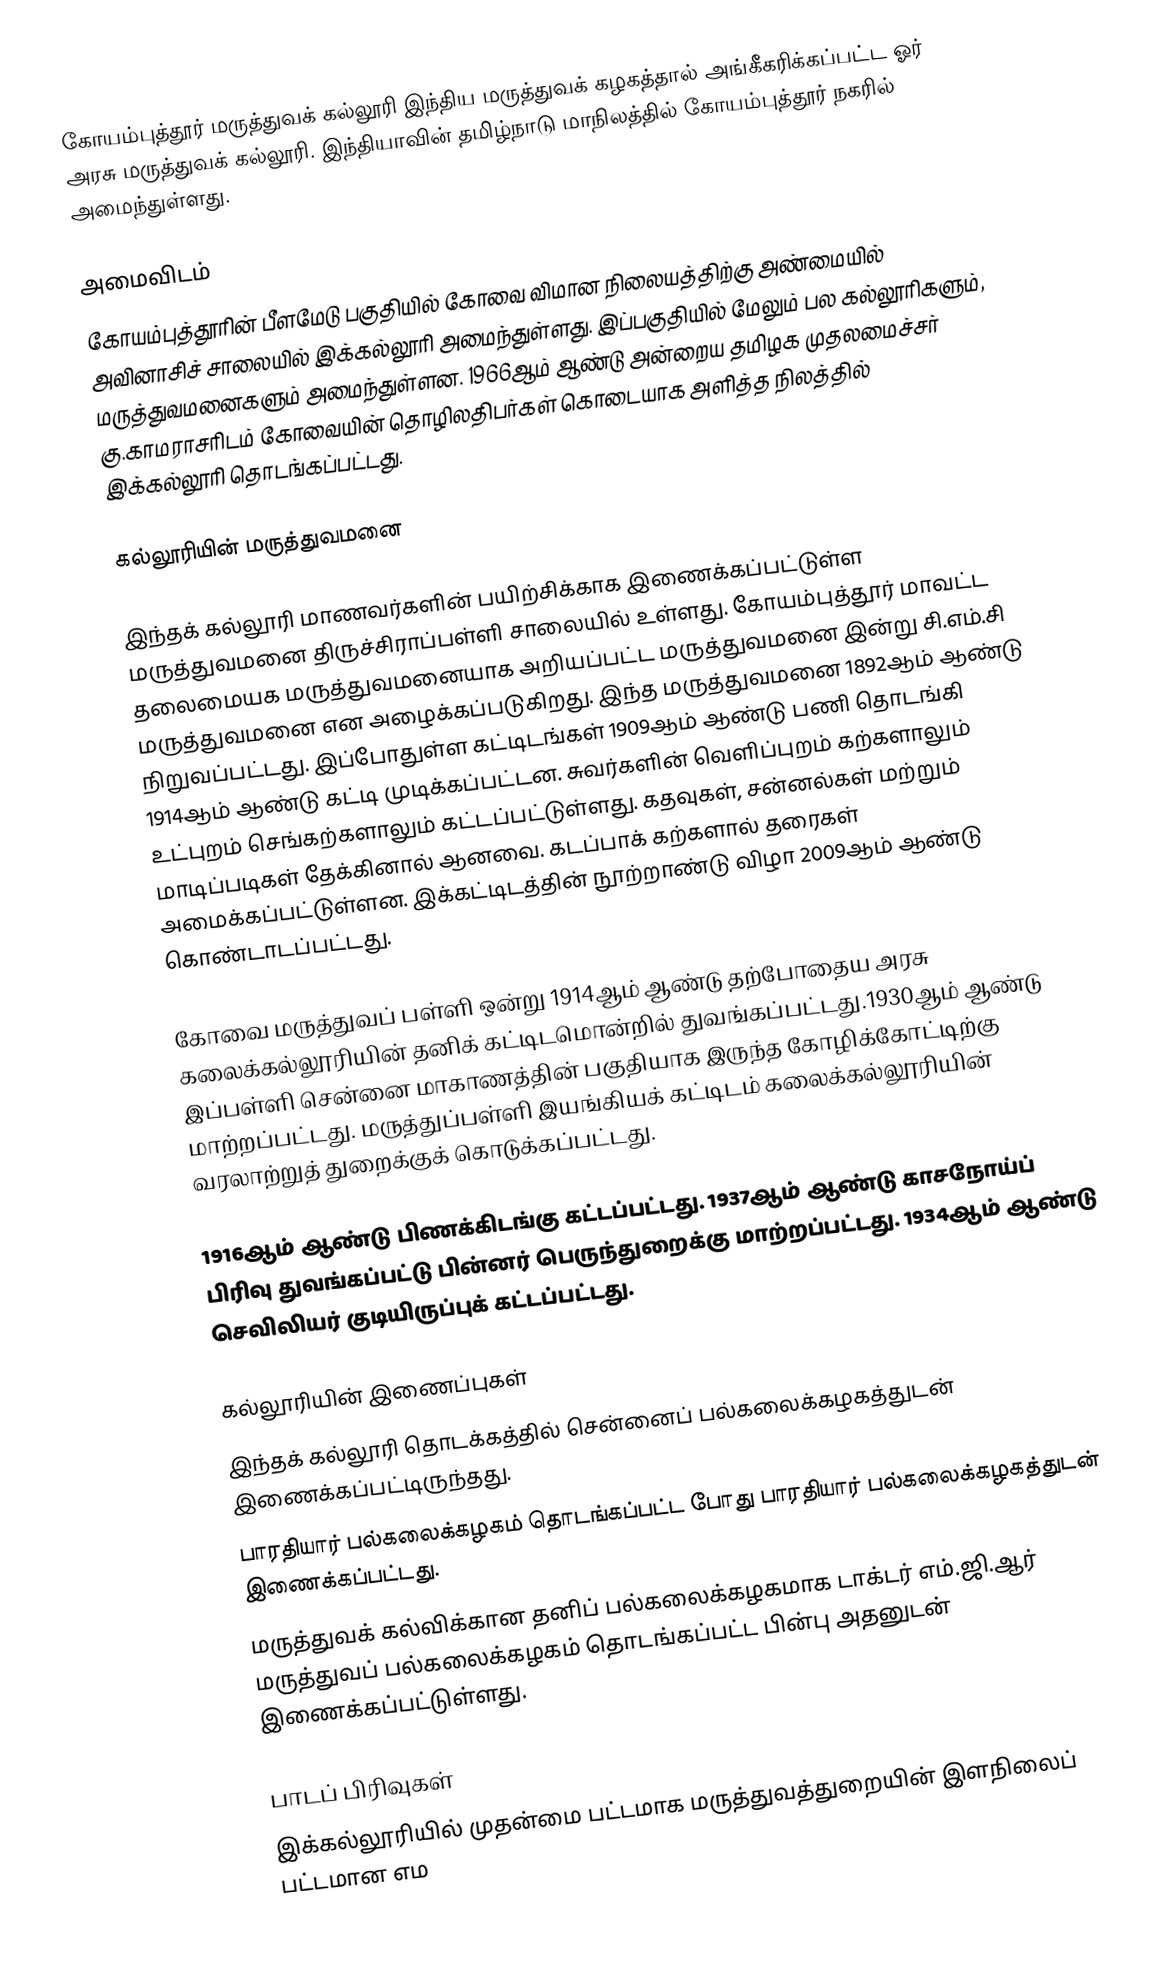
கோயம்புத்தூர் மருத்துவக் கல்லூரி இந்திய மருத்துவக் கழகத்தால் அங்கீகரிக்கப்பட்ட ஓர் அரசு மருத்துவக் கல்லூரி. இந்தியாவின் தமிழ்நாடு மாநிலத்தில் கோயம்புத்தூர் நகரில் அமைந்துள்ளது.

அமைவிடம்
கோயம்புத்தூரின் பீளமேடு பகுதியில் கோவை விமான நிலையத்திற்கு அண்மையில் அவினாசிச் சாலையில் இக்கல்லூரி அமைந்துள்ளது. இப்பகுதியில் மேலும் பல கல்லூரிகளும், மருத்துவமனைகளும் அமைந்துள்ளன. 1966ஆம் ஆண்டு அன்றைய தமிழக முதலமைச்சர் கு.காமராசரிடம் கோவையின் தொழிலதிபர்கள் கொடையாக அளித்த நிலத்தில் இக்கல்லூரி தொடங்கப்பட்டது.

கல்லூரியின் மருத்துவமனை

இந்தக் கல்லூரி மாணவர்களின் பயிற்சிக்காக இணைக்கப்பட்டுள்ள மருத்துவமனை திருச்சிராப்பள்ளி சாலையில் உள்ளது. கோயம்புத்தூர் மாவட்ட தலைமையக மருத்துவமனையாக அறியப்பட்ட மருத்துவமனை இன்று சி.எம்.சி மருத்துவமனை என அழைக்கப்படுகிறது. இந்த மருத்துவமனை 1892ஆம் ஆண்டு நிறுவப்பட்டது. இப்போதுள்ள கட்டிடங்கள் 1909ஆம் ஆண்டு பணி தொடங்கி 1914ஆம் ஆண்டு கட்டி முடிக்கப்பட்டன. சுவர்களின் வெளிப்புறம் கற்களாலும் உட்புறம் செங்கற்களாலும் கட்டப்பட்டுள்ளது. கதவுகள், சன்னல்கள் மற்றும் மாடிப்படிகள் தேக்கினால் ஆனவை. கடப்பாக் கற்களால் தரைகள் அமைக்கப்பட்டுள்ளன. இக்கட்டிடத்தின் நூற்றாண்டு விழா 2009ஆம் ஆண்டு கொண்டாடப்பட்டது.

கோவை மருத்துவப் பள்ளி ஒன்று 1914ஆம் ஆண்டு தற்போதைய அரசு கலைக்கல்லூரியின் தனிக் கட்டிடமொன்றில் துவங்கப்பட்டது.1930ஆம் ஆண்டு இப்பள்ளி சென்னை மாகாணத்தின் பகுதியாக இருந்த கோழிக்கோட்டிற்கு மாற்றப்பட்டது. மருத்துப்பள்ளி இயங்கியக் கட்டிடம் கலைக்கல்லூரியின் வரலாற்றுத் துறைக்குக் கொடுக்கப்பட்டது.

1916ஆம் ஆண்டு பிணக்கிடங்கு கட்டப்பட்டது. 1937ஆம் ஆண்டு காசநோய்ப் பிரிவு துவங்கப்பட்டு பின்னர் பெருந்துறைக்கு மாற்றப்பட்டது. 1934ஆம் ஆண்டு செவிலியர் குடியிருப்புக் கட்டப்பட்டது.

கல்லூரியின் இணைப்புகள்
 இந்தக் கல்லூரி தொடக்கத்தில் சென்னைப் பல்கலைக்கழகத்துடன் இணைக்கப்பட்டிருந்தது.
 பாரதியார் பல்கலைக்கழகம் தொடங்கப்பட்ட போது பாரதியார் பல்கலைக்கழகத்துடன் இணைக்கப்பட்டது.
 மருத்துவக் கல்விக்கான தனிப் பல்கலைக்கழகமாக டாக்டர் எம்.ஜி.ஆர் மருத்துவப் பல்கலைக்கழகம் தொடங்கப்பட்ட பின்பு அதனுடன் இணைக்கப்பட்டுள்ளது.

பாடப் பிரிவுகள்
 இக்கல்லூரியில் முதன்மை பட்டமாக மருத்துவத்துறையின் இளநிலைப் பட்டமான எம